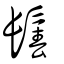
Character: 鬊